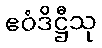
ဧဝံဒိဋ္ဌီသု